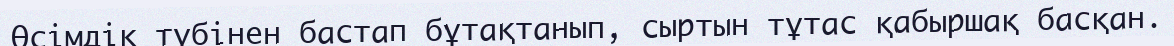
Өсімдік түбінен бастап бұтақтанып, сыртын тұтас қабыршақ басқан.